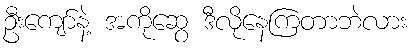
ဦးကျော်နဲ့ အကိုဆွေ ဒီလိုနေကြတာဘဲလား